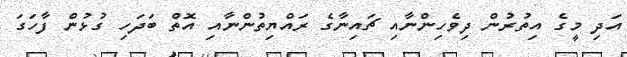
އަދި މީގެ އިތުރުން ދިވެހިންނާއި ޗައިނާގެ ރައްޔިތުންނާއި އޮތް ބަދަހި ގުޅުން ފާހަގަ